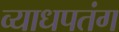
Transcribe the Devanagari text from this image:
व्याधपतंग